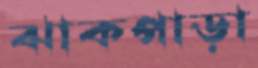
ঝাকপাড়া